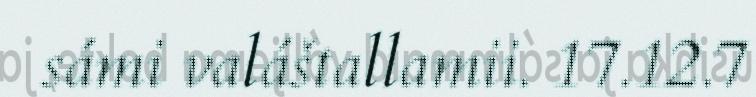
sámi valáštallamii. 17.12.7